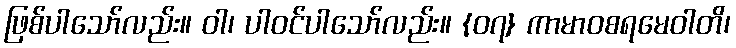
ဖြစ်ပါသော်လည်း။ ဝါ၊ ပါဝင်ပါသော်လည်း။ {၀၇} ကာမာဝစရမေဝါတိ၊